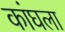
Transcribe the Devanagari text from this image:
कांघला